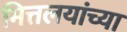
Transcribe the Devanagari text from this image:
मित्तलयांच्या